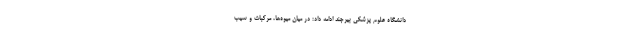
دانشگاه علوم پزشکی بیرجند ادامه داد: در میان میوه‌ها، مرکبات و سیب